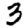
Digit: 3